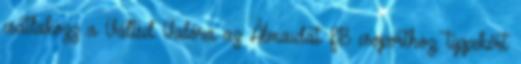
csatlakozz a Váltsd Valóra az Álmaidat FB csoporthoz, tippekért